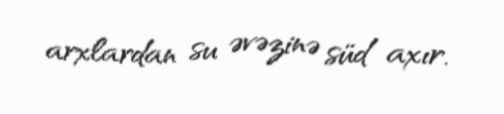
arxlardan su əvəzinə süd axır.